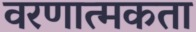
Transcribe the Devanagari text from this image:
वरणात्मकता